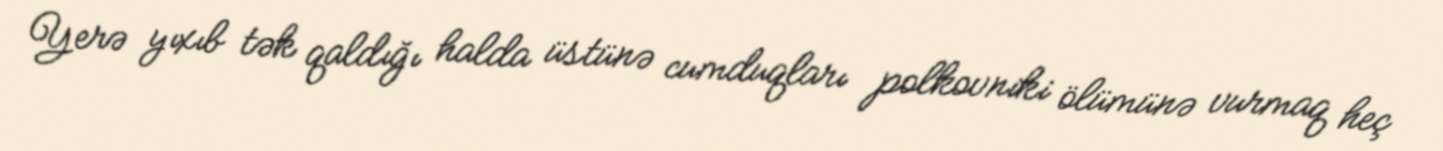
Yerə yıxıb tək qaldığı halda üstünə cumduqları polkovniki ölümünə vurmaq heç